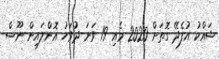
ޝައްކު އުފެދޭ ގޮތަށް 2020 މެއި 19 ވަނަ ދުވަހު އޮންލައިން ނޫސް